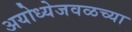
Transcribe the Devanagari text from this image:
अयोध्येजवळच्या